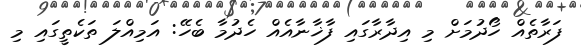
ފަރާތެއް ހޯދުމަށް މި އިދާރާގައި ފާޚާނާއެއް ހެދުމާ ބެހޭ: އަމިއްލަ ތަކެތީގައި މި